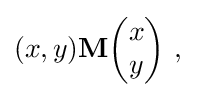
(x,y){\mathbf {M} }{\begin{pmatrix}x\\y\end{pmatrix}}~,~